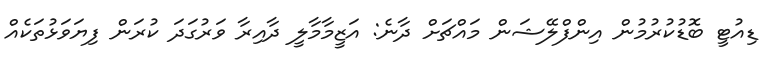
ޑިއުޓީ ބޮޑުކުރުމުން އިންފްލޭޝަން މައްޗަށް ދާނެ: އަޒީމާމާލީ ދާއިރާ ވަރުގަދަ ކުރަން ފިޔަވަޅުތަކެއް